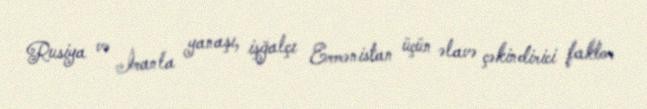
Rusiya və İranla yanaşı, işğalçı Ermənistan üçün əlavə çəkindirici faktor